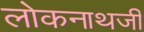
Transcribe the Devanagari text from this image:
लोकनाथजी